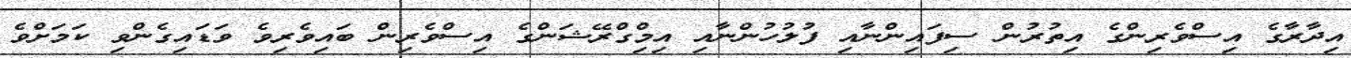
އިދާރާގެ އިސްވެރިންގެ އިތުރުން ސިފައިންނާއި ފުލުހުންނާއި އިމްިގްރޭޝަންގެ އިސްވެރިން ބައިވެރިވެ ވަޑައިގެންވި ކަމަށްވެ